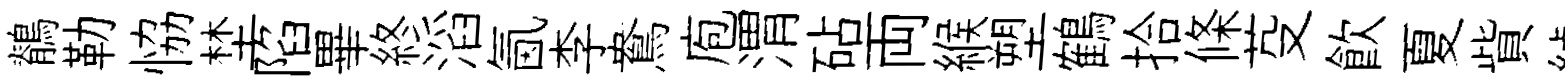
鶺勒恊埜陷畢終滔氤李鴦庖渭砧両緱塑鶴拾條芟飲夏貲綽